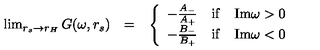
\begin{array} { l c l } { \lim _ { r _ { s } \rightarrow r _ { H } } G ( \omega , r _ { s } ) } & { = } & { \left\{ \begin{array} { l c l } { - \frac { A _ { - } } { A _ { + } } } & { \mathrm { i f } } & { \mathrm { I m } \omega > 0 } \\ { - \frac { B _ { - } } { B _ { + } } } & { \mathrm { i f } } & { \mathrm { I m } \omega < 0 } \\ \end{array} \right. } \\ \end{array}